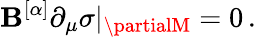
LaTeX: {\cal\mathbf{B}}^{[\alpha]}\partial_{\mu}\sigma|_{\partialM}=0\, .